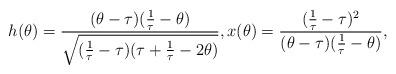
LaTeX: \begin{align*} h(\theta) = \frac{ (\theta -\tau) ( \frac{1}{\tau}-\theta) }{\sqrt{(\frac{1}{\tau}-\tau)(\tau +\frac{1}{\tau}-2\theta)}}, x(\theta)= \frac{(\frac{1}{\tau}-\tau)^2 }{ (\theta -\tau) ( \frac{1}{\tau}-\theta) } , \end{align*}